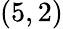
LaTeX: {(5,2)}